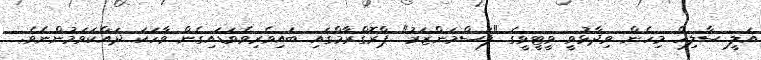
އަލީ ސާލިހް މިހެން ވިދާޅުވީ ވީޓީވީގެ "ފަސްމަންޒަރު" ޕްރޮގްރާމްގައި ބައިވެރިވެވަޑައިގެން ވާހަކަ ދައްކަވަމުންނެވެ.